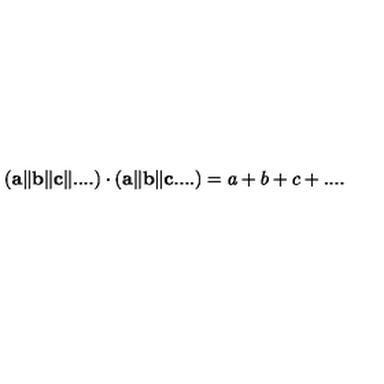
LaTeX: ( { \bf a } \Vert { \bf b } \Vert { \bf c } \Vert . . . . ) \cdot ( { \bf a } \Vert { \bf b } \Vert { \bf c } . . . . ) = a + b + c + . . . .